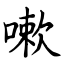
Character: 嗽